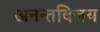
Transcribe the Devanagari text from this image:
अनन्तविजय